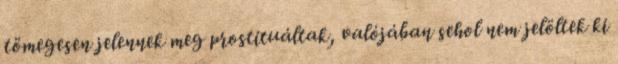
tömegesen jelennek meg prostituáltak, valójában sehol nem jelöltek ki